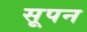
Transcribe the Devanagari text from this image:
सूपन